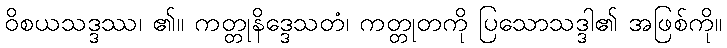
ဝိစယသဒ္ဒဿ၊ ၏။ ကတ္တုနိဒ္ဒေသတံ၊ ကတ္တုတကို ပြသောသဒ္ဒါ၏ အဖြစ်ကို။